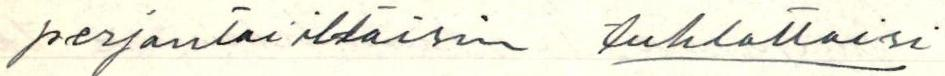
perjantai iltaisin tuhlattaisi